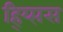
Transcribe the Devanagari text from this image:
ह्य्प्तिस